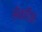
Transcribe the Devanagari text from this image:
सेकडिक